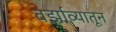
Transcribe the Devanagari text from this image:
वर्झाव्यातून